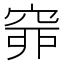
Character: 𥥹